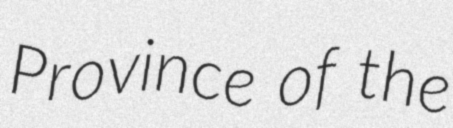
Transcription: Province of the